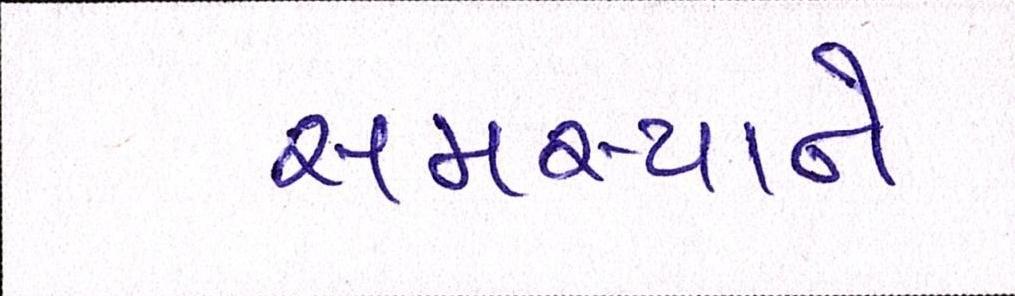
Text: સમસ્યાને